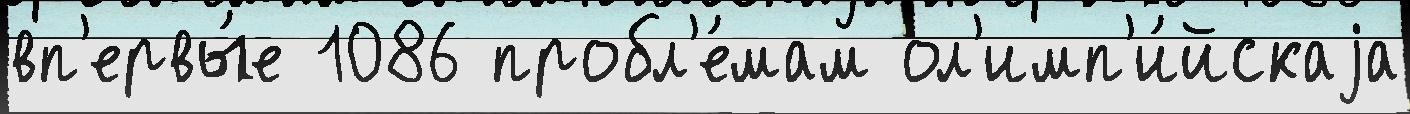
вп'ервы́е 1086 пробл'е́мам ол'имп'и́йскаjа